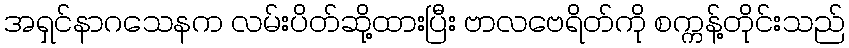
အရှင်နာဂသေနက လမ်းပိတ်ဆို့ထားပြီး ဗာလဗေရိတ်ကို စက္ကန့်တိုင်းသည်